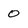
Character: O